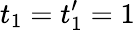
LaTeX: t_{1}=t_{1}^{\prime}=1